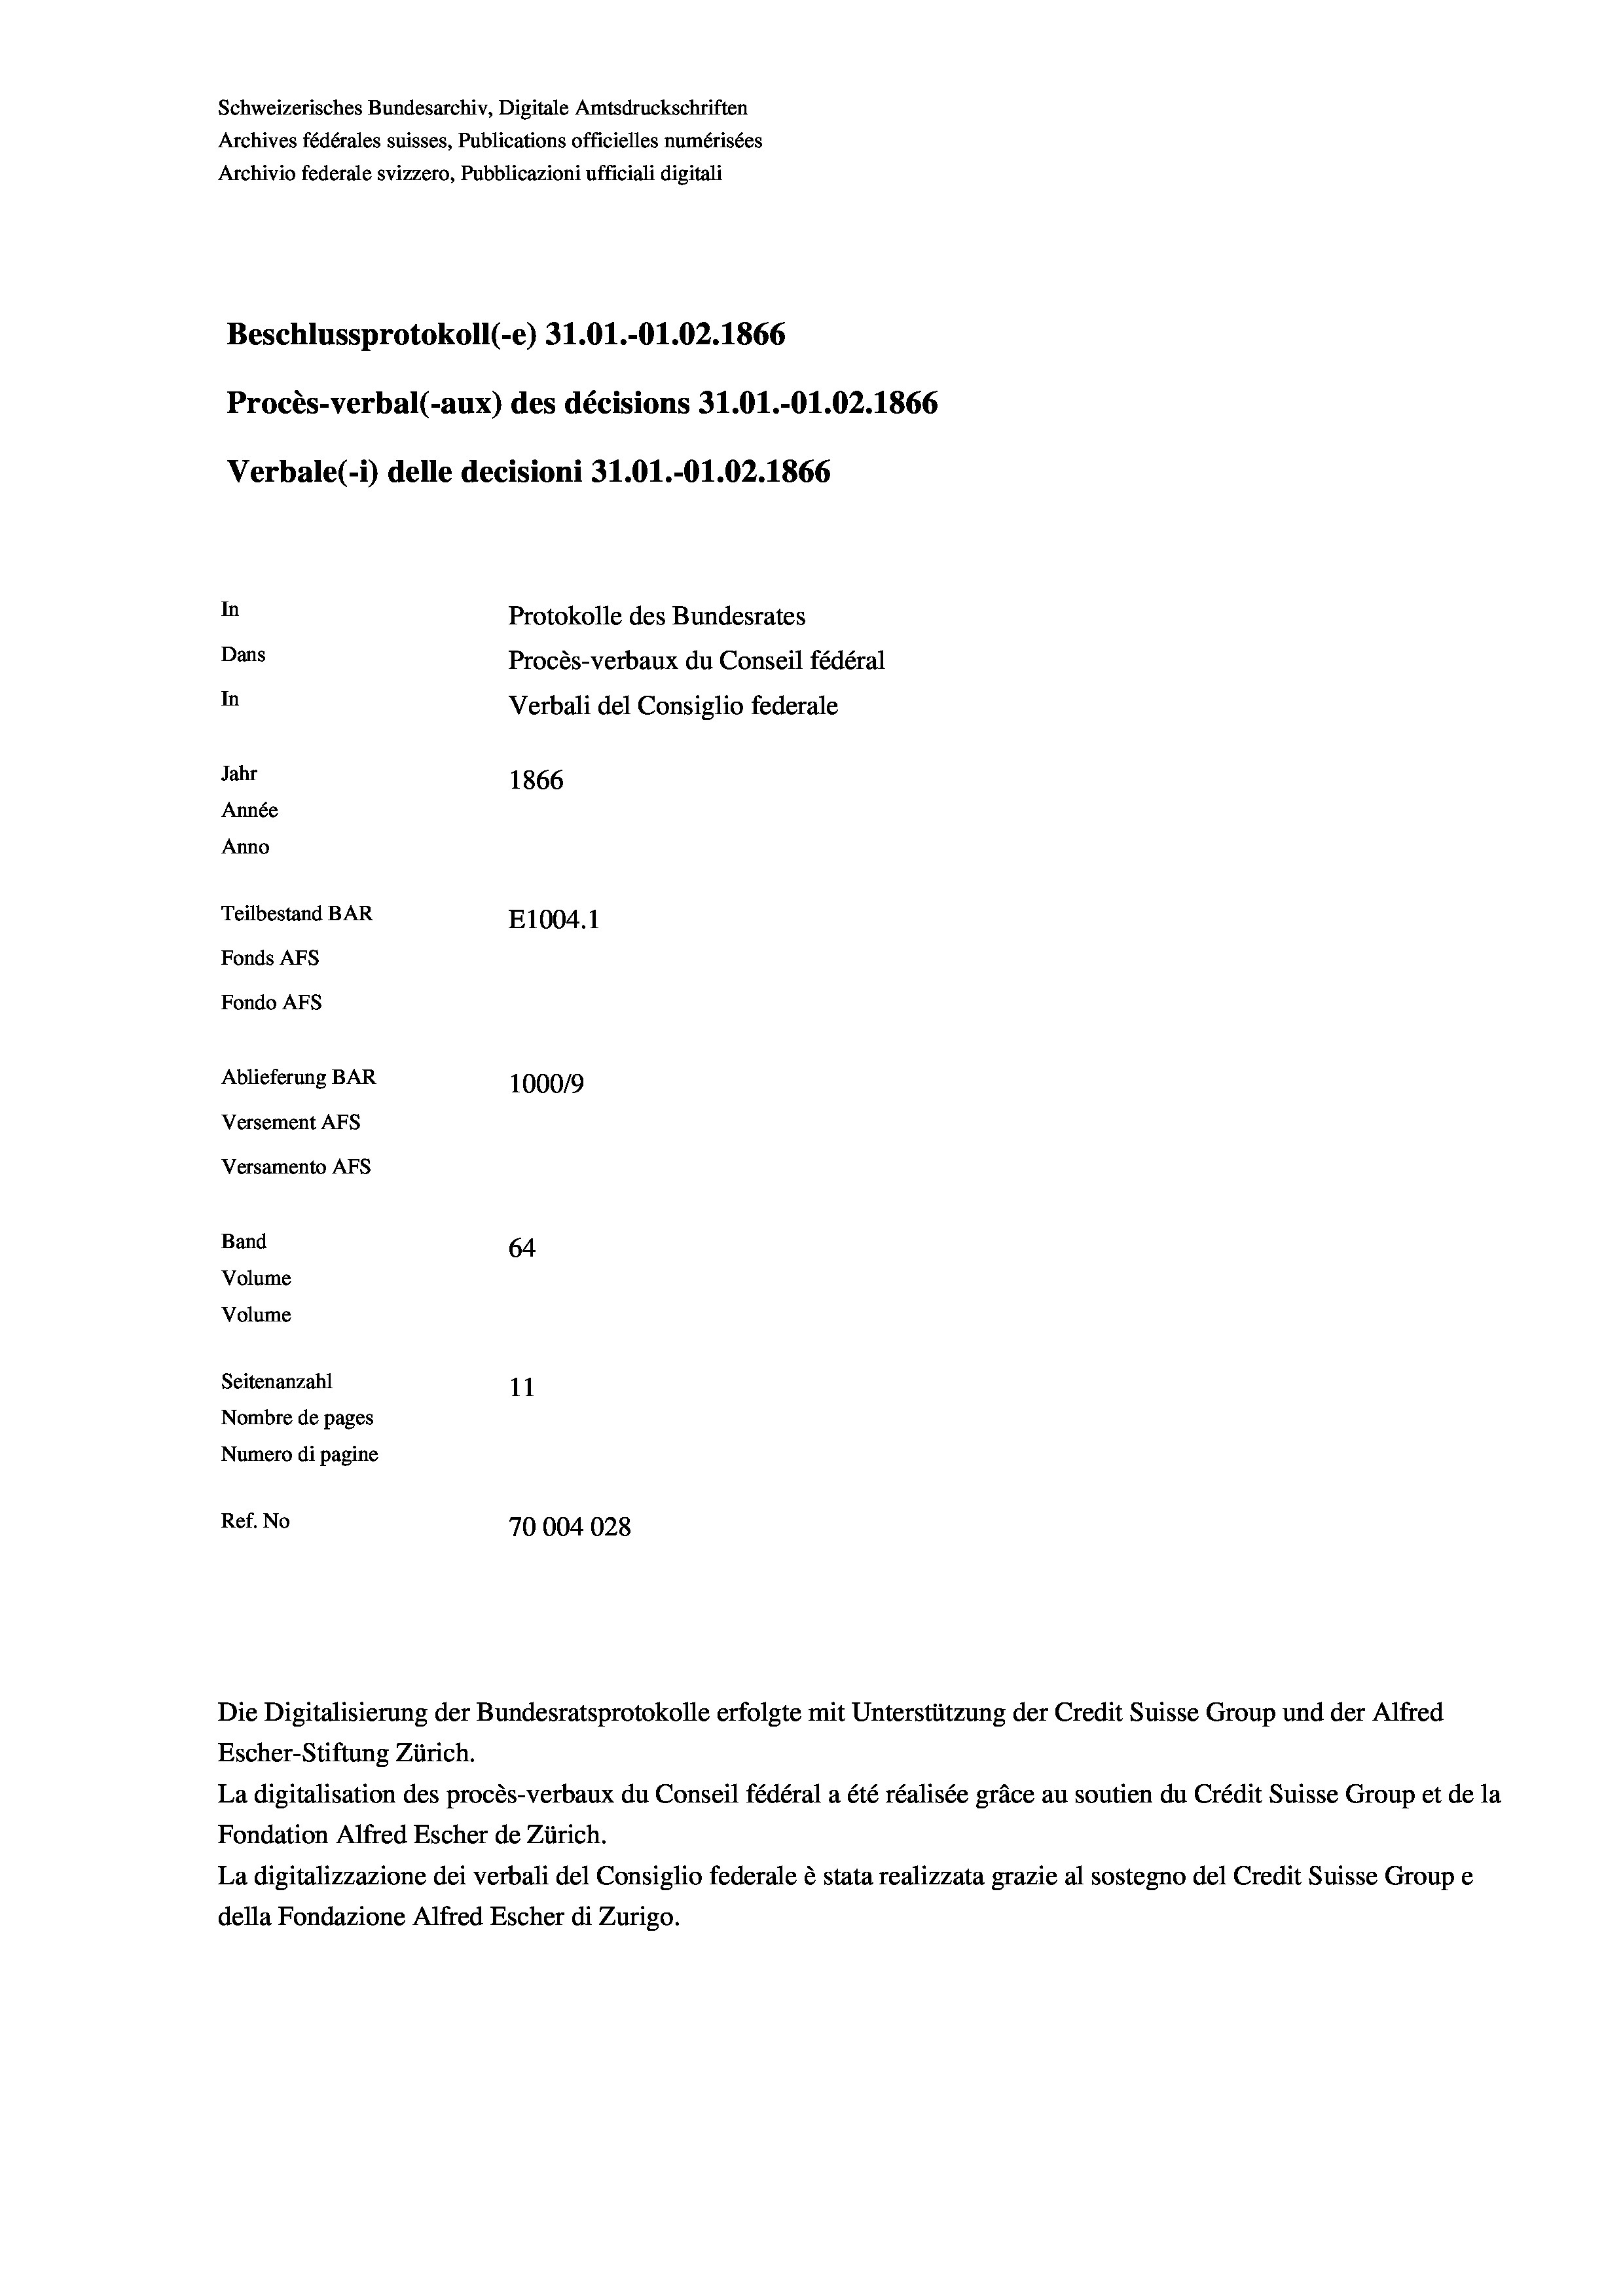
Beschlussprotokoll (-e) 31.01.-O1.02. 1866
Procès-verbal (-aux) des décisions 31.01.-Ol.02. 1866
Verbale(*) delle decisioni 31.01.-O1.02. 1866
In
Protokolle des Bundesrates
Dans
Procès-verbaux du Conseil fédéral
In
Verbali del Consiglio federale
Jahr
1866
Année
Anno
Teilbestand BAR
E1004.1
Fonds AFs
Fondo Afs

Ablieferung BAR
Versement AFs
Versamento AFs
Band
Volume
Volume
Seitenanzahl

100019
64
11
Nombre de pages
Numero di pagine
Ref. No
70004028

Schweizerisches Bundesarchiv, Digitale Amtsdruckschriften
Archives fédérales suisses, Publications officielles numérisées
Archivio federale svizzero, Pubblicazioni ufficiali digitali

Escher-Stiftung Zürich.
La digitalisation des procès-verbaux du Conseil fédéral a été réalisée gräce au soutien du Crédit Suisse Group et de la
Fondation Alfred Escher de Zürich.
La digitalizzazione dei verbali del Consiglio federale è stata realizzata grazie al sostegno del Credit Suisse Groupe
della Fondazione Alfred Escher di Zurigo.

Die Digitalisierung der Bundesratsprotokolle erfolgte mit Unterstützung der Credit Suisse Group und der Alfred